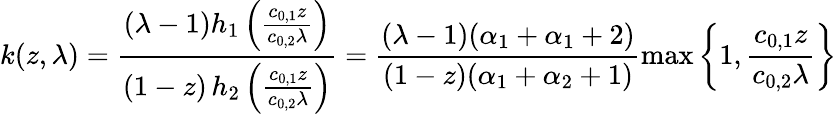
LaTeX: k(z,\lambda)=\frac{(\lambda-1)h_{1}\left(\frac{c_{0,1}z}{c_{0,2}\lambda}\right)}{(1-z)\, h_{2}\left(\frac{c_{0,1}z}{c_{0,2}\lambda}\right)}=\frac{(\lambda-1)(\alpha_{1}+\alpha_{1}+2)}{(1-z)(\alpha_{1}+\alpha_{2}+1)}\operatorname*{max}\bigg\{ 1,\frac{c_{0,1}z}{c_{0,2}\lambda}\bigg\}